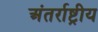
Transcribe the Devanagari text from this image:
अंतर्राष्ट्रीय